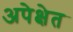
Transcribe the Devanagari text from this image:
अपेक्षेत